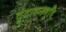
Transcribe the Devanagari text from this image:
वृंदावनभुवि